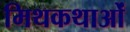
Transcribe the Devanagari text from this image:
मिथकथाओं